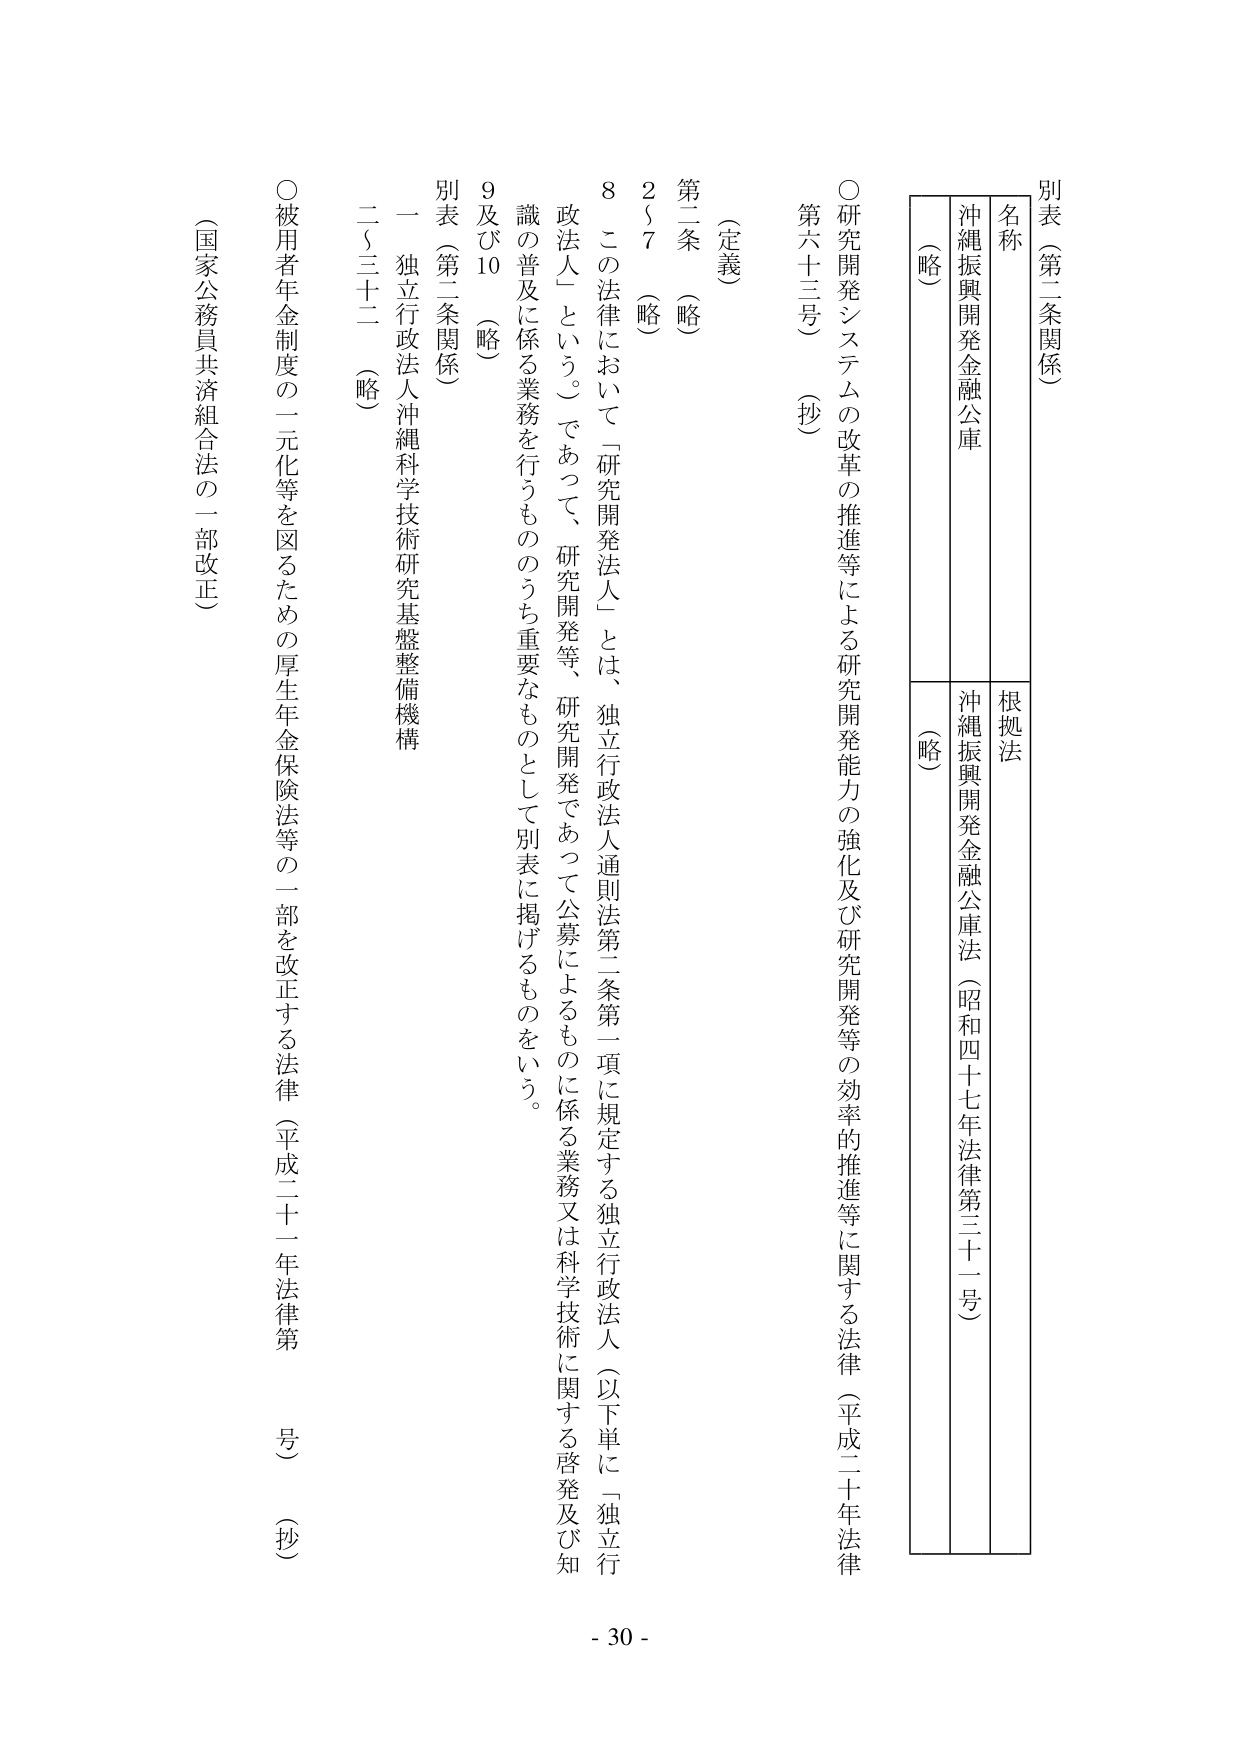
別表（第二条関係）

名称　　　　　　　　　　　　　　　　　根拠法
沖縄振興開発金融公庫　　　　　　　　沖縄振興開発金融公庫法（昭和四十七年法律第三十一号）
（略）　　　　　　　　　　　　　　　（略）

○研究開発システムの改革の推進等による研究開発能力の強化及び研究開発等の効率的推進等に関する法律（平成二十年法律第六十三号）（抄）

（定義）
第二条　（略）
　　2～7　（略）
　　8　この法律において「研究開発法人」とは、独立行政法人通則法第二条第一項に規定する独立行政法人（以下単に「独立行政法人」という。）であって、研究開発等、研究開発であって公募によるものに係る業務又は科学技術に関する啓発及び知識の普及に係る業務を行うもののうち重要なものとして別表に掲げるものをいう。
　　9及び10　（略）

別表（第二条関係）
　　一　独立行政法人沖縄科学技術研究基盤整備機構
　　二～三十二　（略）

○被用者年金制度の一元化等を図るための厚生年金保険法等の一部を改正する法律（平成二十一年法律第　号）（抄）
　　（国家公務員共済組合法の一部改正）

- 30 -